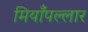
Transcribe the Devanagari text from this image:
मियाँपल्लार